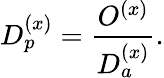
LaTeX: D_{p}^{(x)}={\frac{O^{(x)}}{D_{a}^{(x)}}}.